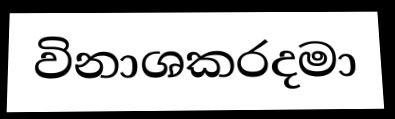
විනාශකරදමා